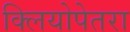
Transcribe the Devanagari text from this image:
क्लियोपेतरा